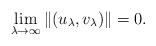
LaTeX: \begin{align*}\lim_{\lambda\to \infty}\|(u_{\lambda},v_{\lambda})\|=0.\end{align*}